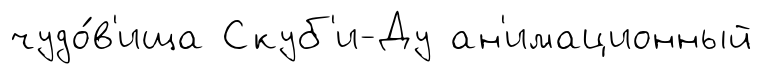
чудо́в'ища Скуб'и-Ду ан'имационный